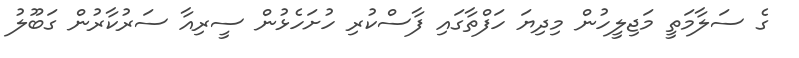
ގެ ސަލާމަތީ މަޖިލީހުން މިދިޔަ ހަފްތާގައި ފާސްކުރި ހުށަހެޅުން ސީރިއާ ސަރުކާރުން ގަބޫލު